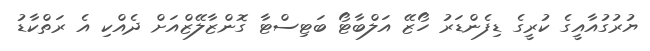
ޔުރުގުއާއީގެ ކުރީގެ ޑިފެންޑަރު ހޯޒޭ އަލްބާޓޯ ބަޓިސްޓާ ގޮންޒާލޭޒްއަށް ދެއްކި އެ ރަތްކާޑު